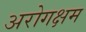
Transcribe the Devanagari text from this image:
अरोगक्षम